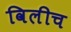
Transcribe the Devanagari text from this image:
विलीच